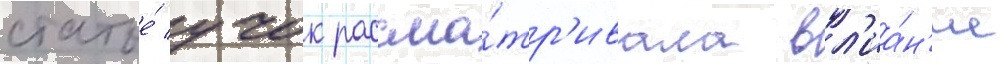
статье́ учок рассма́тр'ивала вл'иа́н'ие